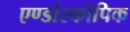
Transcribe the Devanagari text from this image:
एण्डोस्कोपिक